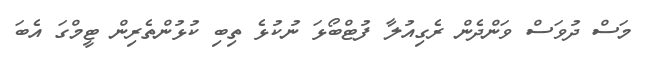
މަސް ދުވަސް ވަންދެން ރެގިއުލާ ފުޓްބޯޅަ ނުކުޅެ ތިބި ކުޅުންތެރިން ޓީމްގަ އެބަ